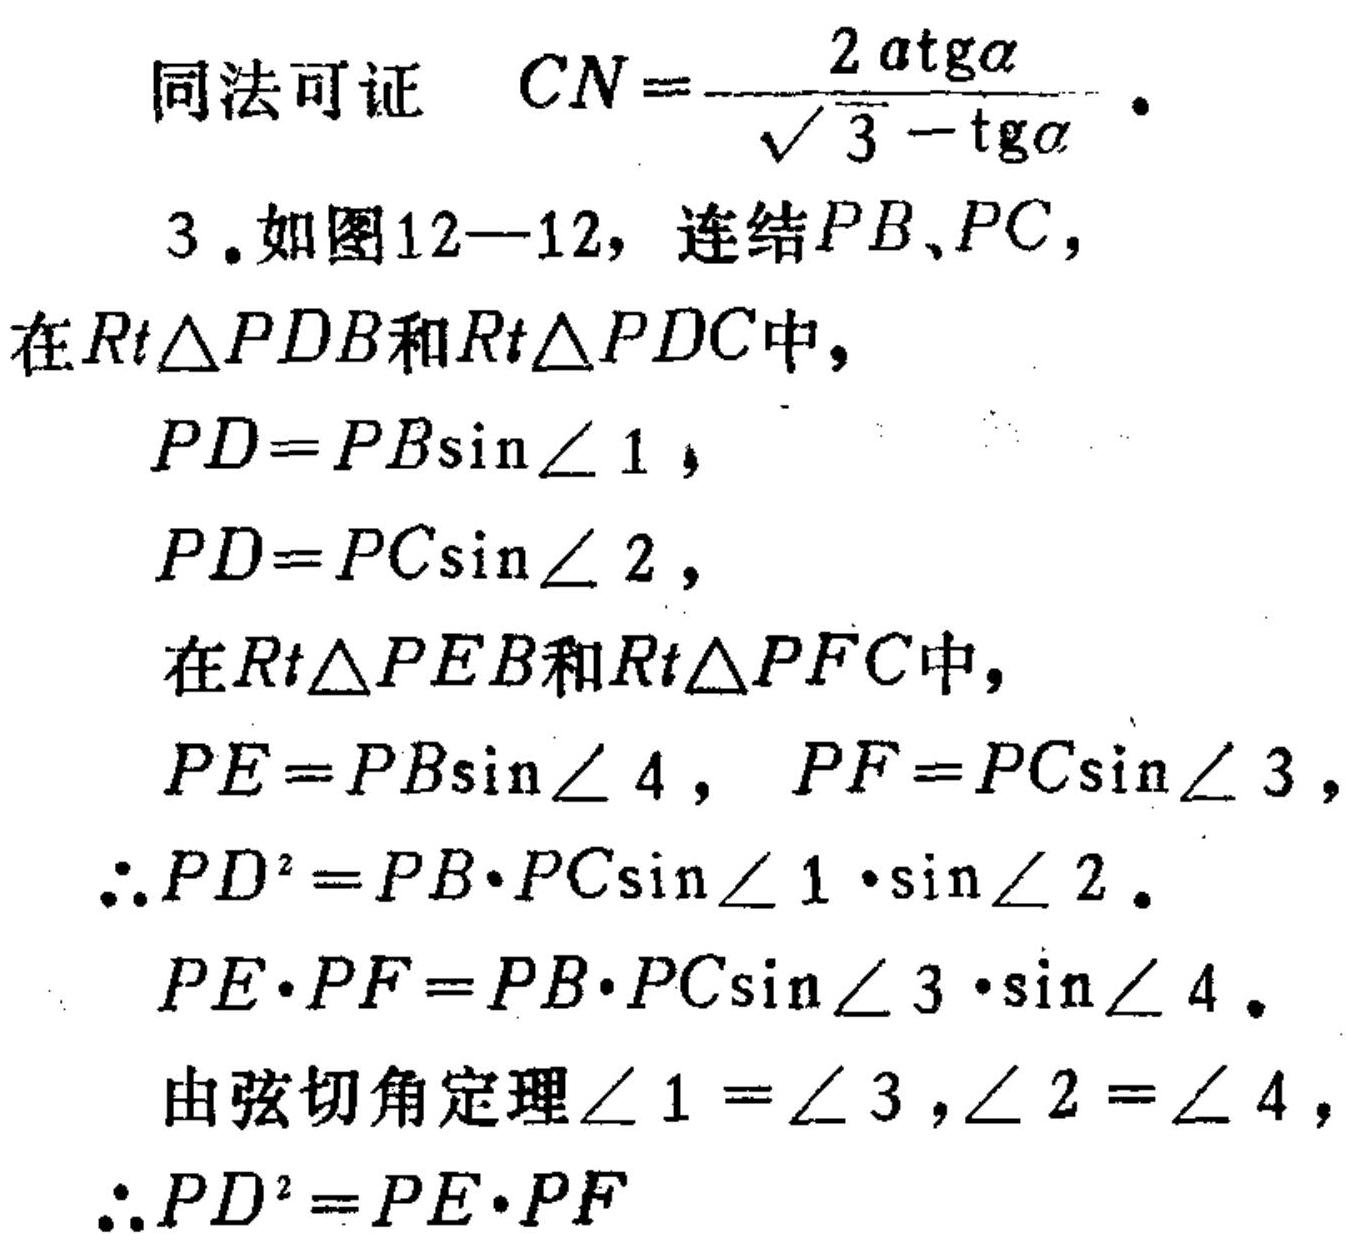
同法可证 $CN = \dfrac{2a\mathrm{tg}\alpha}{\sqrt{3}-\mathrm{tg}\alpha}$．
3. 如图12—12，连结$PB$、$PC$，
在$Rt\triangle PDB$和$Rt\triangle PDC$中，
$PD = PB\sin\angle 1$，
$PD = PC\sin\angle 2$，
在$Rt\triangle PEB$和$Rt\triangle PFC$中，
$PE = PB\sin\angle 4$，$PF = PC\sin\angle 3$，
$\therefore PD^{2}=PB\cdot PC\sin\angle 1\cdot\sin\angle 2$．
$PE\cdot PF = PB\cdot PC\sin\angle 3\cdot\sin\angle 4$．
由弦切角定理$\angle 1=\angle 3,\angle 2 = \angle 4$，
$\therefore PD^{2}=PE\cdot PF$